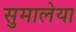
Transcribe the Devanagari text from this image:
सुमालेया